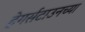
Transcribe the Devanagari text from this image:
हेगर्सटाउनच्या